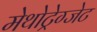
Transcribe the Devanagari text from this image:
मेथोट्रेग्जेट